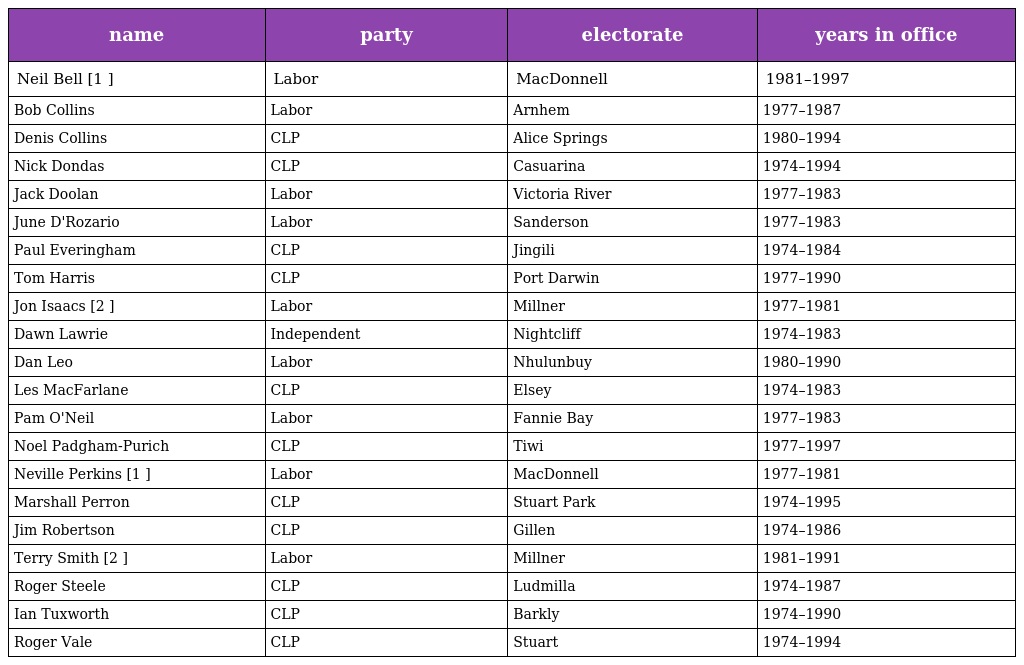
| name | party | electorate | years in office |
 | --- | --- | --- | --- |
 | Neil Bell [1 ] | Labor | MacDonnell | 1981–1997 |
 | Bob Collins | Labor | Arnhem | 1977–1987 |
 | Denis Collins | CLP | Alice Springs | 1980–1994 |
 | Nick Dondas | CLP | Casuarina | 1974–1994 |
 | Jack Doolan | Labor | Victoria River | 1977–1983 |
 | June D'Rozario | Labor | Sanderson | 1977–1983 |
 | Paul Everingham | CLP | Jingili | 1974–1984 |
 | Tom Harris | CLP | Port Darwin | 1977–1990 |
 | Jon Isaacs [2 ] | Labor | Millner | 1977–1981 |
 | Dawn Lawrie | Independent | Nightcliff | 1974–1983 |
 | Dan Leo | Labor | Nhulunbuy | 1980–1990 |
 | Les MacFarlane | CLP | Elsey | 1974–1983 |
 | Pam O'Neil | Labor | Fannie Bay | 1977–1983 |
 | Noel Padgham-Purich | CLP | Tiwi | 1977–1997 |
 | Neville Perkins [1 ] | Labor | MacDonnell | 1977–1981 |
 | Marshall Perron | CLP | Stuart Park | 1974–1995 |
 | Jim Robertson | CLP | Gillen | 1974–1986 |
 | Terry Smith [2 ] | Labor | Millner | 1981–1991 |
 | Roger Steele | CLP | Ludmilla | 1974–1987 |
 | Ian Tuxworth | CLP | Barkly | 1974–1990 |
 | Roger Vale | CLP | Stuart | 1974–1994 |